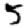
Digit: 5